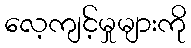
လေ့ကျင့်မှုများကို